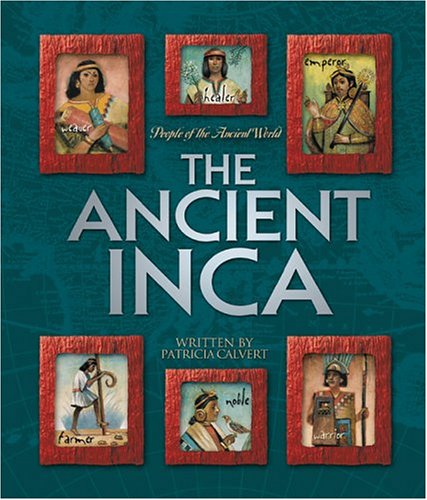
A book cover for Ancient Inca (People of the Ancient World); Patricia Calvert; Children's Books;